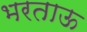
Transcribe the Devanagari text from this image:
भरताऊ